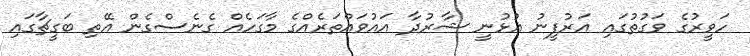
ހަވީރުގެ ވަގުތުގައި އަރުފީނު އުޅުނީ ޝާރުދާ އައުވައްތަރެއްގެ މާގަހެއް ގެނެސްގެން އޭތި ބަގީޗާގައި